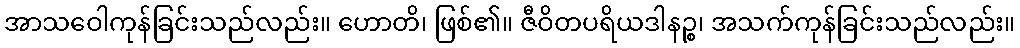
အာသဝေါကုန်ခြင်းသည်လည်း။ ဟောတိ၊ ဖြစ်၏။ ဇီဝိတပရိယဒါနဉ္စ၊ အသက်ကုန်ခြင်းသည်လည်း။